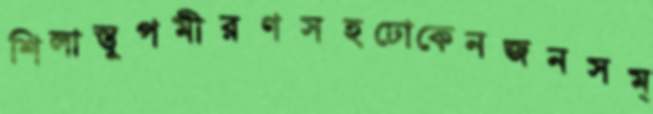
শিলাস্তূপমীরণসহঢোকেনজনসম্